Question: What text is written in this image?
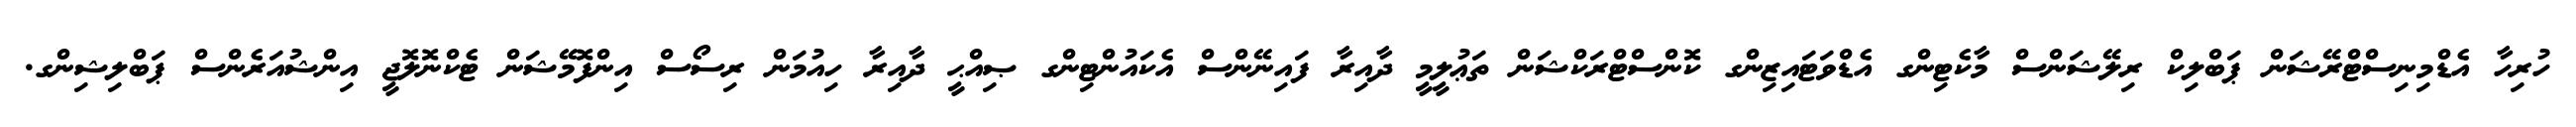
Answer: ހުރިހާ އެޑްމިނިސްޓްރޭޝަން ޕަބްލިކް ރިލޭޝަންސް މާކެޓިންގ އެޑްވަޓައިޒިންގ ކޮންސްޓްރަކްޝަން ތަޢުލީމީ ދާއިރާ ފައިނޭންސް އެކައުންޓިންގ ޞިއްޙީ ދާއިރާ ހިއުމަން ރިސޯސް އިންފޮމޭޝަން ޓެކްނޮލޮޖީ އިންޝުއަރެންސް ޕަބްލިޝިންގ.